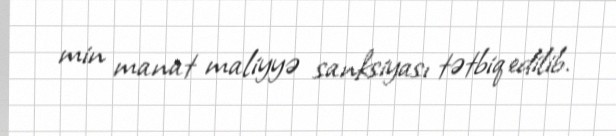
min manat maliyyə sanksiyası tətbiq edilib.